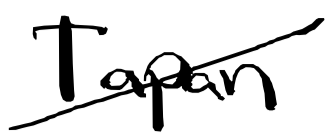
Text: Tapan
Cross-out: diagonal
Writing tool: digital_black